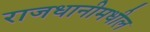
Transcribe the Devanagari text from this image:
राजधानीमधील